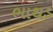
ભાથડ